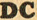
DC